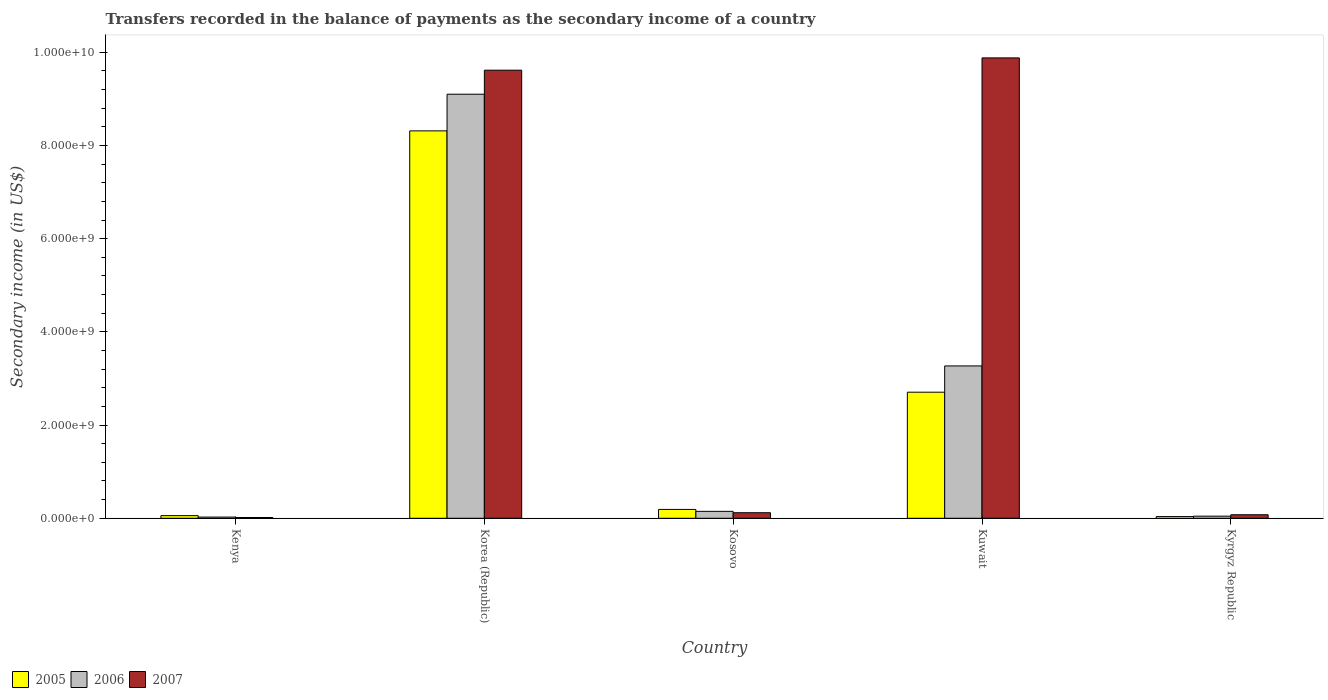
| Country | 2005 | 2006 | 2007 |
 | --- | --- | --- | --- |
 | Kenya | 5.64e+07 | 2.54e+07 | 1.64e+07 |
 | Korea (Republic) | 8.31e+09 | 9.1e+09 | 9.62e+09 |
 | Kosovo | 1.9e+08 | 1.48e+08 | 1.19e+08 |
 | Kuwait | 2.71e+09 | 3.27e+09 | 9.88e+09 |
 | Kyrgyz Republic | 3.63e+07 | 4.53e+07 | 7.56e+07 |